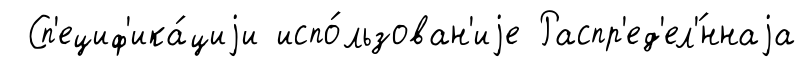
Сп'ециф'ика́циjи испо́льзован'иjе Распр'ед'ел'́ннаjа